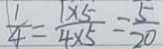
\frac { 1 } { 4 } = \frac { 1 \times 5 } { 4 \times 5 } = \frac { 5 } { 2 0 }